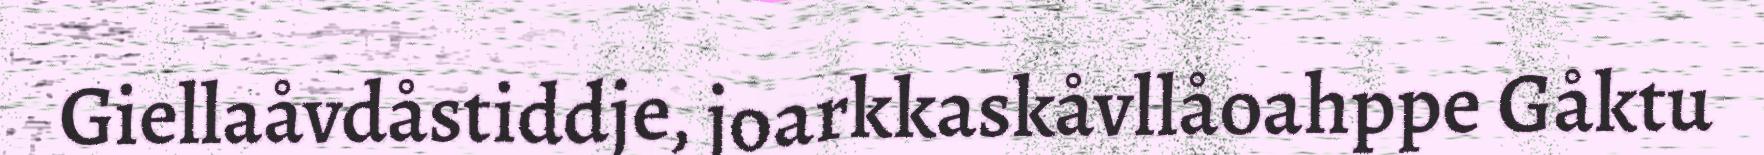
Giellaåvdåstiddje, joarkkaskåvllåoahppe Gåktu